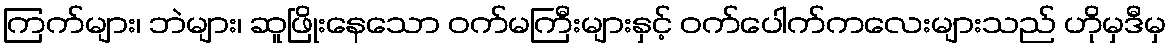
ကြက်များ၊ ဘဲများ၊ ဆူဖြိုးနေသော ဝက်မကြီးများနှင့် ဝက်ပေါက်ကလေးများသည် ဟိုမှဒီမှ